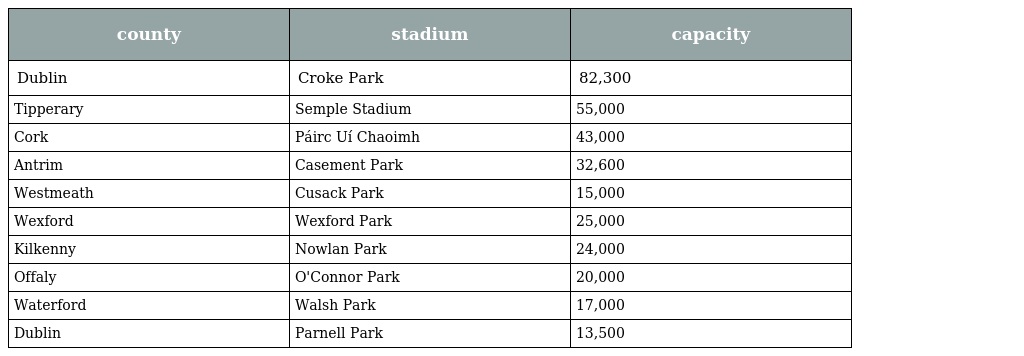
| county | stadium | capacity |
 | --- | --- | --- |
 | Dublin | Croke Park | 82,300 |
 | Tipperary | Semple Stadium | 55,000 |
 | Cork | Páirc Uí Chaoimh | 43,000 |
 | Antrim | Casement Park | 32,600 |
 | Westmeath | Cusack Park | 15,000 |
 | Wexford | Wexford Park | 25,000 |
 | Kilkenny | Nowlan Park | 24,000 |
 | Offaly | O'Connor Park | 20,000 |
 | Waterford | Walsh Park | 17,000 |
 | Dublin | Parnell Park | 13,500 |